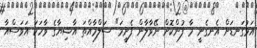
އަޅުގަނޑަށް އެނގެނީ މާ ފުންކޮށް ނޭވާލާން ފެށީމަ" ސަލްމާއްތަ އާޝިޔާގެ ވާހަކަ އަވަސްއާ